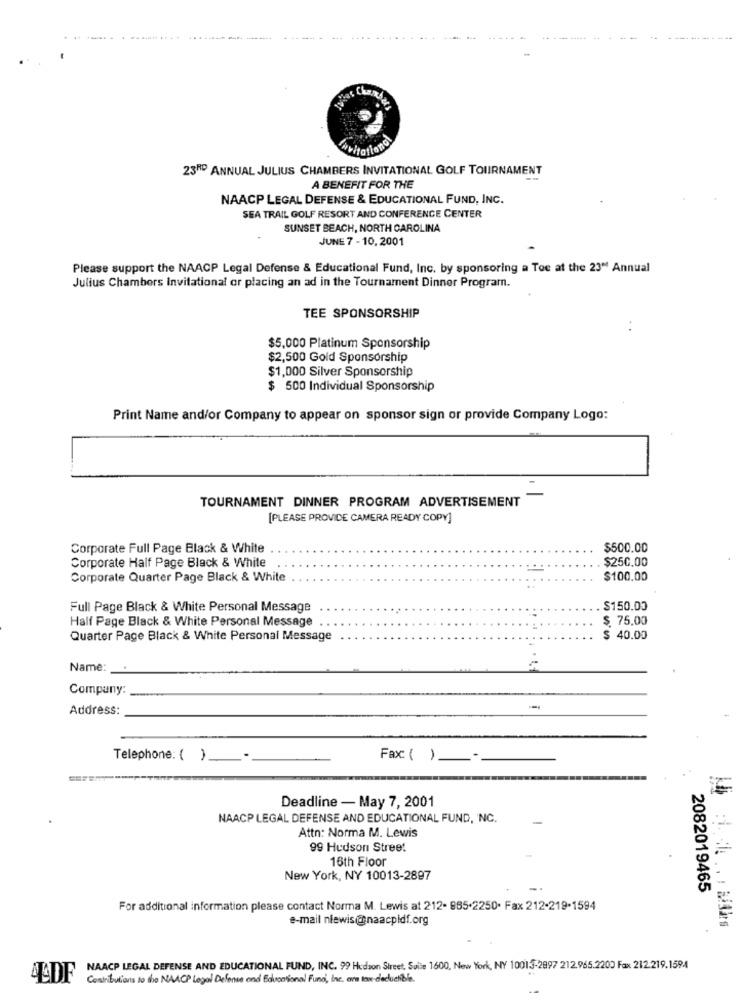
What Chande
rational
23RD ANNUAL JULIUS CHAMBERS INVITATIONAL GOLF TOURNAMENT
A BENEFIT FOR THE
NAACP LEGAL DEFENSE & EDUCATIONAL FUND, INC.
SEA TRAIL GOLF RESORT AND CONFERENCE CENTER
SUNSET BEACH, NORTH CAROLINA
JUNE 7 - 10,2001
Please support the NAACP Legal Defense & Educational Fund, Inc. by sponsoring a Toe at the 23" Annual
Julius Chambers Invitational or placing an ad in the Tournament Dinner Program.
TEE SPONSORSHIP
$5,000 Platinum Sponsorship
$2,500 Gold Sponsorship
$1,000 Silver Sponsorship
$ 500 Individual Sponsorship
Print Name and/or Company to appear on sponsor sign or provide Company Logo:
TOURNAMENT DINNER PROGRAM ADVERTISEMENT
[PLEASE PROVIDE CAMERA READY COPY]
Corporate Full Page Black & White
$500.00
$250.00
Corporate Half Page Black & White
Corporate Quarter Page Black & White
$100.00
Full Page Black & White Personal Message
$150.00
Half Page Black & White Personal Message
$. 75.00
Quarter Page Black & White Personal Message
$ 40.00
Name:
Company:
Address:
Telephone: ( )
Fax: ( )
Deadline - May 7, 2001
NAACP LEGAL DEFENSE AND EDUCATIONAL FUND, NC.
Attn: Norma M. Lewis
99 Hudson Street
16th Floor
New York, NY 10013-2897
2082019465
For additional information please contact Norma M. Lewis at 212- 885.2250. Fax 212-219-1594
e-mail nlewis@naacpidf.org
NAACP LEGAL DEFENSE AND EDUCATIONAL FUND, INC. 99 Hudson Street, Suite 1600, New York, NY 10013-2897 212.965.2200 Fax 212.219.1594
4DF
Contributions so tho NAACP Legal Defense and Educational Fund, Inc. ora tax deductible.